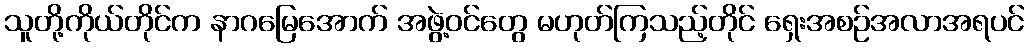
သူတို့ကိုယ်တိုင်က နာဂမြေအောက် အဖွဲ့ဝင်တွေ မဟုတ်ကြသည့်တိုင် ရှေးအစဉ်အလာအရပင်